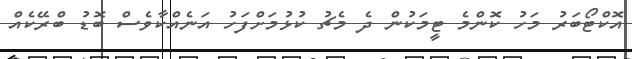
އޮކްޓޯބަރު މަހު ކޮންމެ ޓީމަކުން ދެ މެޗު ކުޅުމަށްފަހު އަނެއްކާވެސް ބޮޑު ބްރޭކެއް